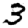
Digit: 3